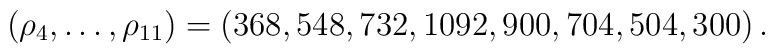
(\rho_4,\ldots,\rho_{11})=(368, 548, 732, 1092, 900, 704, 504,  300)\,.